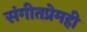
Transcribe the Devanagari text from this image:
संगीतप्रेमही